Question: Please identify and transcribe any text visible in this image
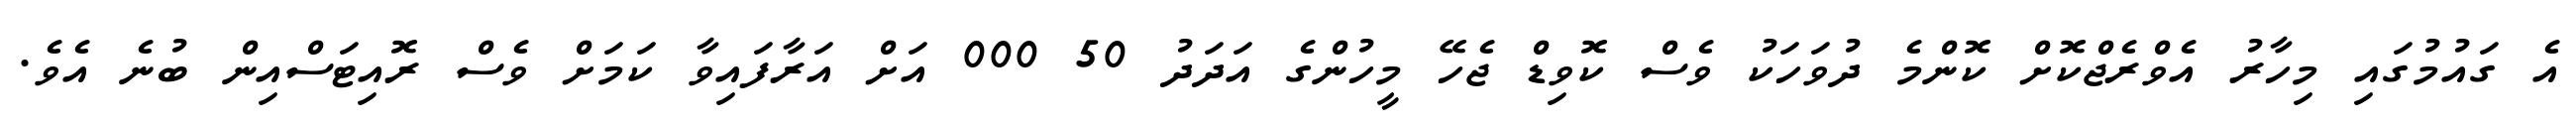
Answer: އެ ގައުމުގައި މިހާރު އެވްރެޖްކޮށް ކޮންމެ ދުވަހަކު ވެސް ކޮވިޑް ޖެހޭ މީހުންގެ އަދަދު 50 000 އަށް އަރާފައިވާ ކަމަށް ވެސް ރޮއިޓަސްއިން ބުނެ އެވެ.